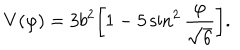
LaTeX: V ( \varphi ) = 3 b ^ { 2 } \biggl [ 1 - 5 \sin ^ { 2 } \frac { \varphi } { \sqrt { 6 } } \biggr ] .